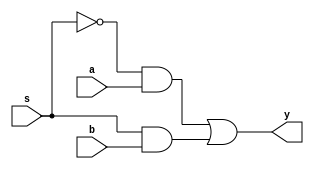
`timescale 1ns / 1ps
//////////////////////////////////////////////////////////////////////////////////
// Company: 
// Engineer: 
// 
// Design Name: 
// Module Name: d_latch_mux2_1
// Project Name: 
// Target Devices: 
// Tool Versions: 
// Description: 
// 
// Dependencies: 
// 
// Revision:
// Revision 0.01 - File Created
// Additional Comments:
// 
//////////////////////////////////////////////////////////////////////////////////

module mux(a,b,s,y);
input a,b,s;
output reg  y;
always @(a or b or s)
begin
 y= (~s&a) | (s&b);
end
endmodule


module d_latch(d,clock,q);
input d,clock;
inout q;

mux mux1(.a(q),.b(d),.s(clock),.y(q));

endmodule